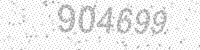
Solution: 904699